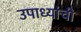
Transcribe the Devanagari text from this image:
उपाध्यांची